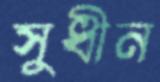
সুধীন